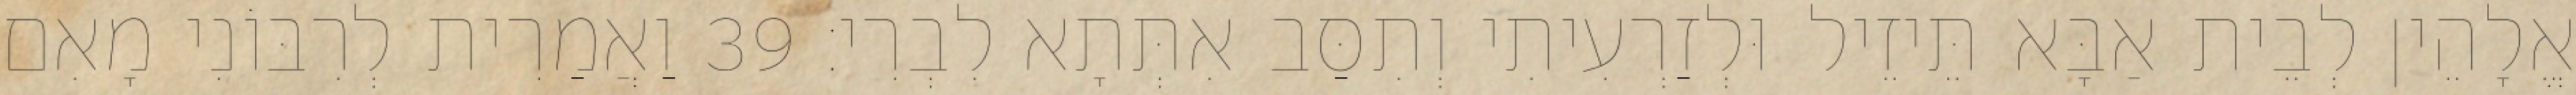
אֱלָהֵין לְבֵית אַבָּא תֵּיזֵיל וּלְזַרְעִיתִי וְתִסַּב אִתְּתָא לִבְרִי׃ 39 וַאֲמַרִית לְרִבּוֹנִי מָאִם